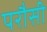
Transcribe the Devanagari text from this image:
परौसी